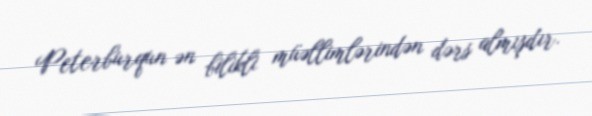
Peterburqun ən bilikli müəllimlərindən dərs almışdır.